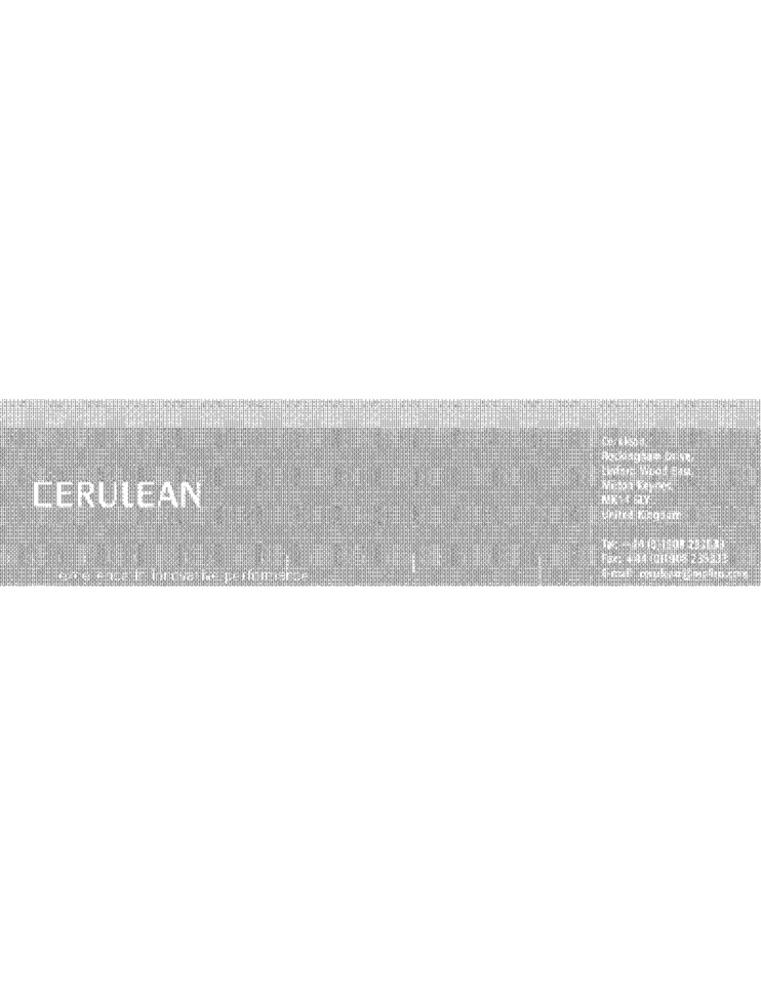
CERULEAN